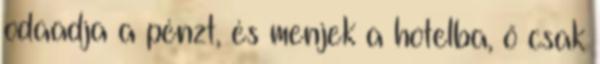
odaadja a pénzt, és menjek a hotelba, ő csak